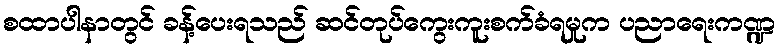
စထာပါနာတွင် ခန့်ပေးရသည် ဆင်တုပ်ကွေးကူးစက်ခံရမှုက ပညာရေးကဏ္ဍ